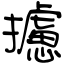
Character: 攄